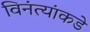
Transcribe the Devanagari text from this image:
विनंत्यांकडे